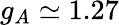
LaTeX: g_{A}\simeq 1.27